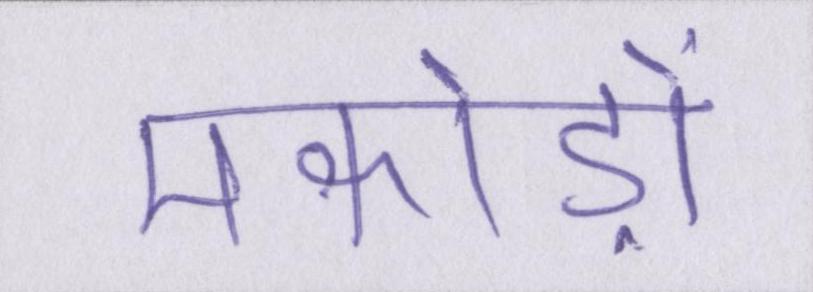
मकोड़ों